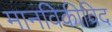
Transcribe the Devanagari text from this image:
मानविकीविद